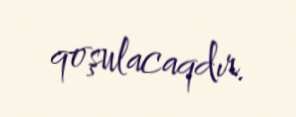
qoşulacaqdır.